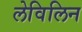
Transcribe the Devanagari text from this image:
लेविलिन